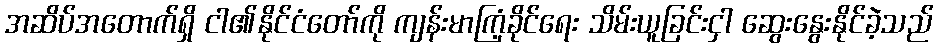
အဆိပ်အတောက်ရှိ ငါ၏နိုင်ငံတော်ကို ကျန်းမာကြံ့ခိုင်ရေး သိမ်းယူခြင်းငှါ ဆွေးနွေးနိုင်ခဲ့သည်